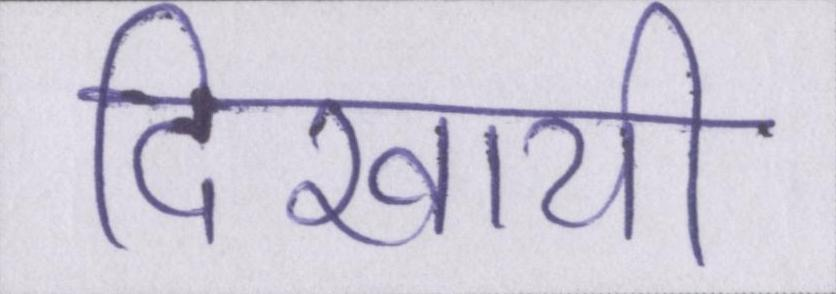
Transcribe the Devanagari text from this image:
दिखायी